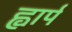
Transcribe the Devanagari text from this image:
ह्वार्प